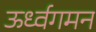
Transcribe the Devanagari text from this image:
ऊर्ध्वगमन